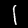
Digit: 1